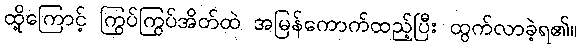
ထို့ကြောင့် ကြွပ်ကြွပ်အိတ်ထဲ အမြန်ကောက်ထည့်ပြီး ထွက်လာခဲ့ရ၏။